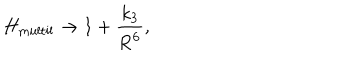
H _ { \mathrm { m u l t i l } } \rightarrow 1 + \frac { k _ { 3 } } { \mathrm { R } ^ { 6 } } ,